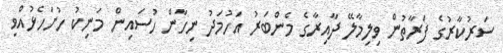
ސަރުކާރުގެ ފަރާތުން ވިލިމާލޭ ދާއިރާގެ މެންބަރު އަހުމަދު ނިހާން ހުސައިން މަނިކު ހުށަހެޅުއްވި